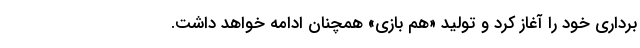
برداری خود را آغاز کرد و تولید «هم بازی» همچنان ادامه خواهد داشت.